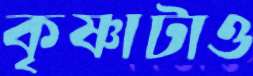
কৃষ্ণাটাও